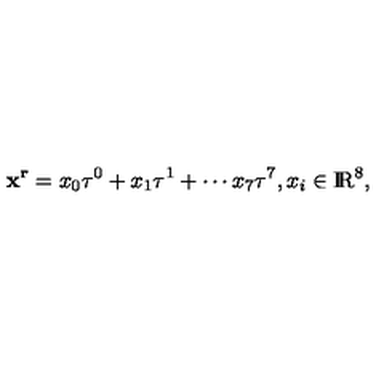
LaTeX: \mathrm { { \bf x ^ r } } = x _ { 0 } \tau ^ { 0 } + x _ { 1 } \tau ^ { 1 } + \cdots x _ { 7 } \tau ^ { 7 } , x _ { i } \in \mathrm { I \! R } ^ { 8 } ,